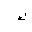
Letter: _kaf